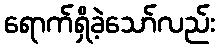
ရောက်ရှိခဲ့သော်လည်း